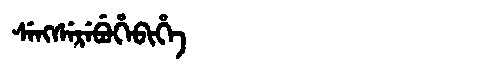
Manchu: ᠰᡝᠩᠰᡝᡵᡝᠪᡠᡥᡝᠪᡳᡥᡝ
Romanization: SENGSEREBUHEBIHE